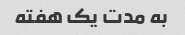
به مدت یک هفته